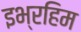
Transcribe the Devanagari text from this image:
इभ्रहिम